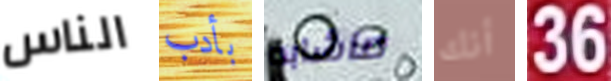
الناس بأدب ماشابه أنك 36